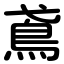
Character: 鳶